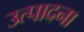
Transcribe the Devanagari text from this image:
उत्पादना